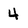
Character: 4